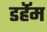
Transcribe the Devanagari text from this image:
डर्हॅम